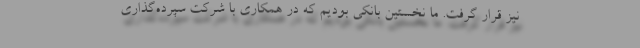
نیز قرار گرفت. ما نخستین بانکی بودیم که در همکاری با شرکت سپرده‌گذاری